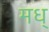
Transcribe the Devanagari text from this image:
मध्